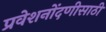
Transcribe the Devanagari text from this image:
प्रवेशनोंदणीसाठी